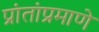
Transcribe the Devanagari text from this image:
प्रांतांप्रमाणे